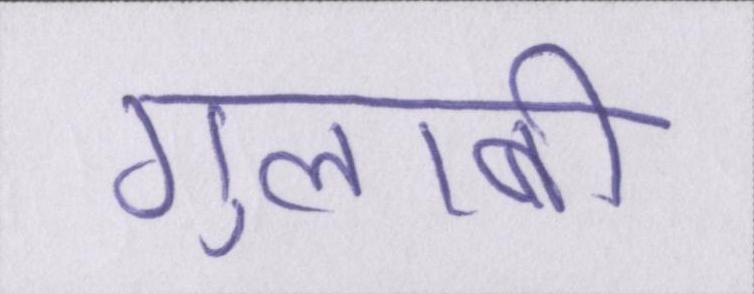
गुलाबी